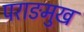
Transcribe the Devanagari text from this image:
पराङमुख